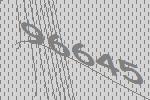
96645